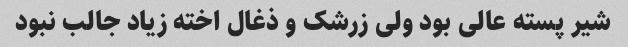
شیر پسته عالی بود ولی زرشک و ذغال اخته زیاد جالب نبود